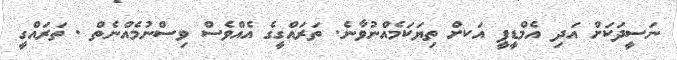
ނަސީދަކަށް އަދި އެމްޑީޕީ އަކށް ތިޔަކަމެއްނުވާނެ. ތަރައްގީގެ އެއްވެސް ވިސްނުމެއްނެތް . ތަރައްގީ